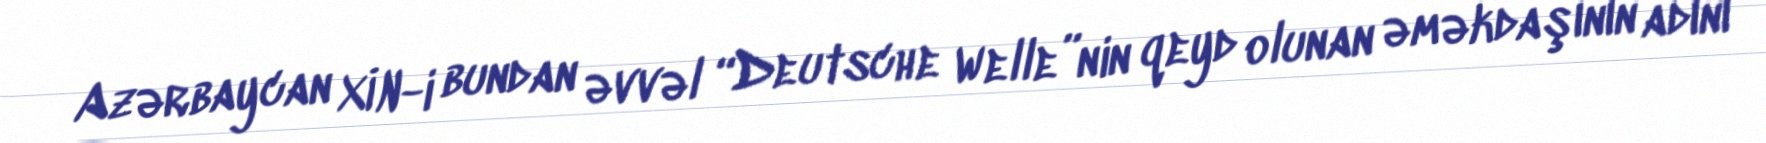
Azərbaycan XİN-i bundan əvvəl “Deutsche Welle”nin qeyd olunan əməkdaşının adını